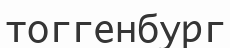
тоггенбург